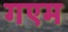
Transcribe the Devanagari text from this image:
गएम